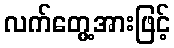
လက်တွေ့အားဖြင့်